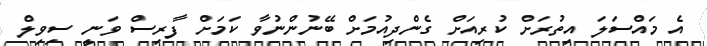
އެ މައްސަލަ އިތުރަށް ކުރިއަށް ގެންދިއުމަށް ބޭނުންނުވާ ކަމަށް ފާރިސް ވަނީ ސިވިލް